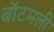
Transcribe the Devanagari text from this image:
बॉटमली